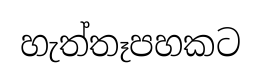
හැත්තෑපහකට